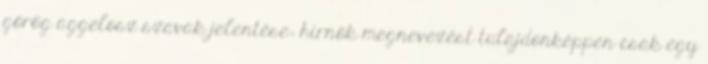
görög aggelosz szavak jelentése: hírnök megnevezést tulajdonképpen csak egy